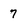
Character: 7